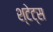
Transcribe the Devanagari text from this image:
श्टेट्स